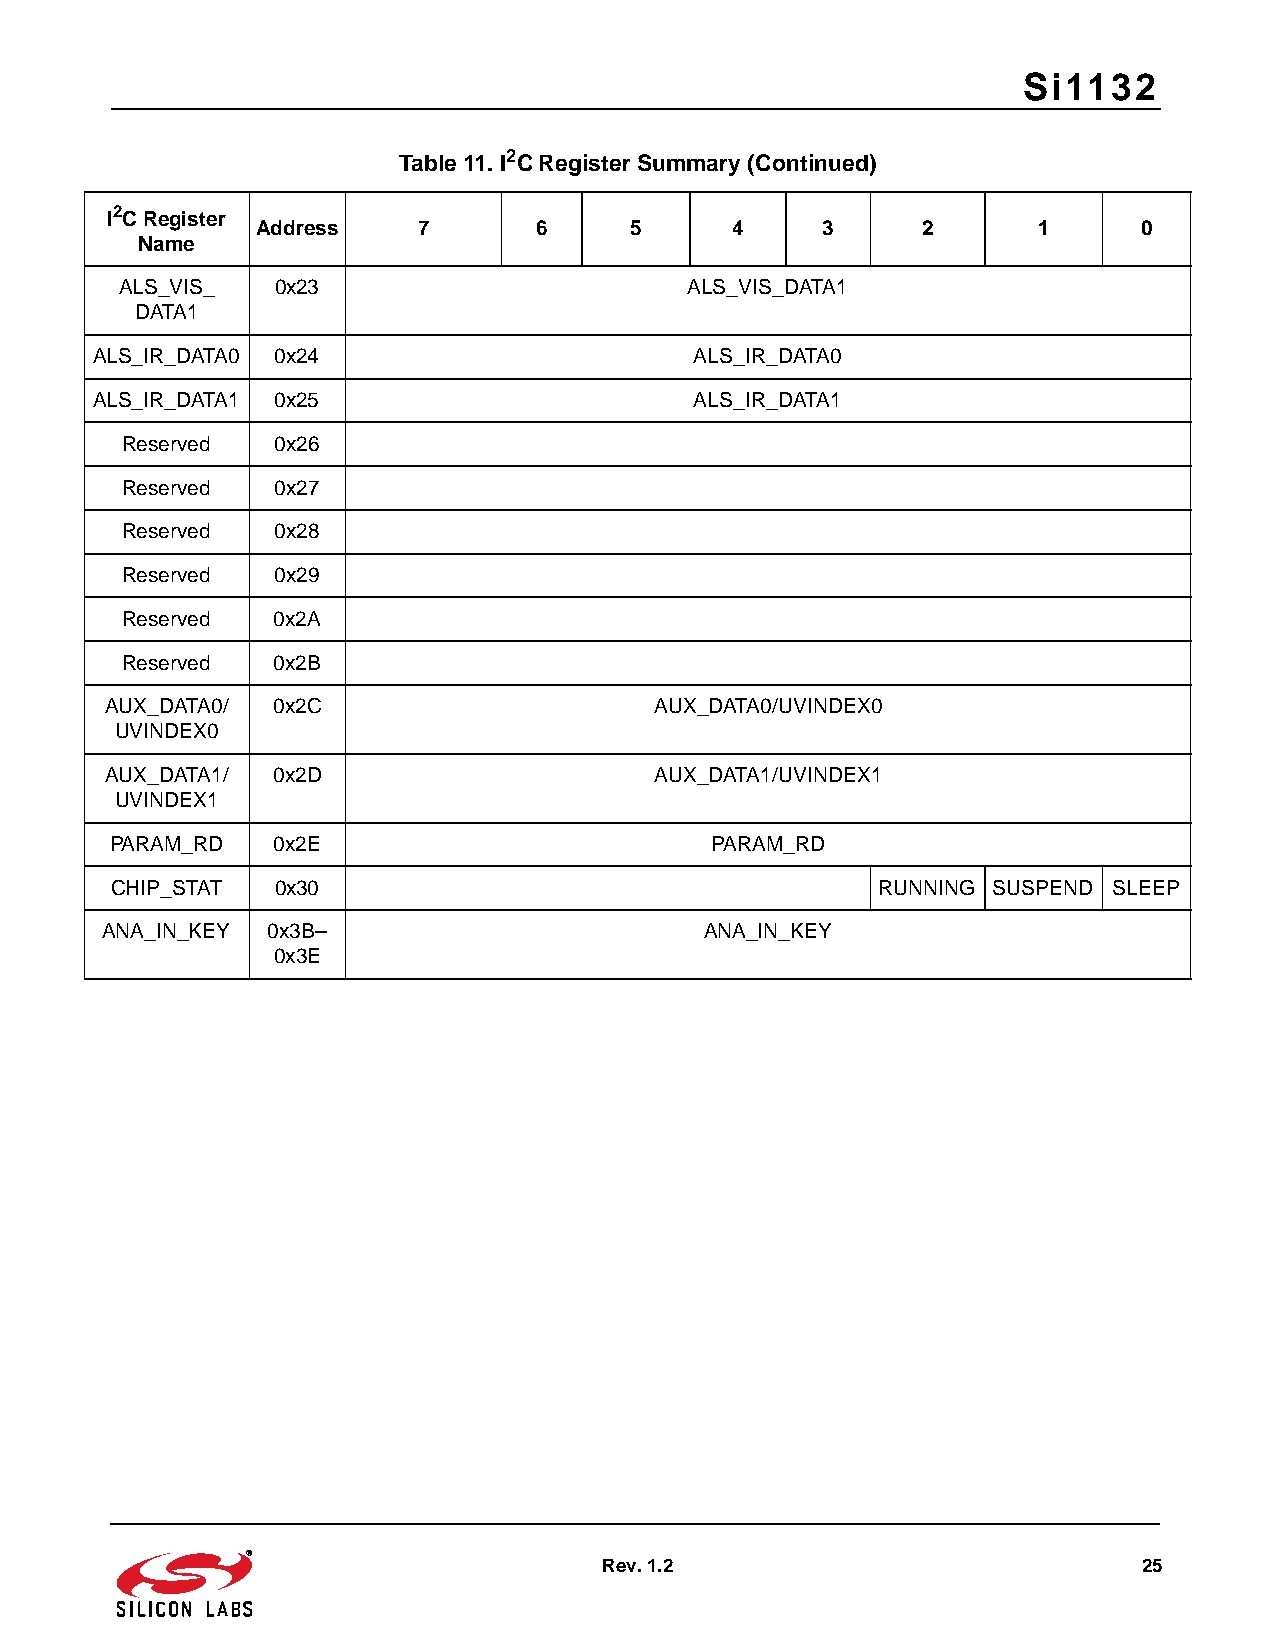
Si1132
 Table 11. I2C Register Summary (Continued)
 I2C Register
 Address    7      6      5     4     3      2       1      0
 Name
 ALS_VIS_  0x23                        ALS_VIS_DATA1
 DATA1
 ALS_IR_DATA0 0x24                       ALS_IR_DATA0
 ALS_IR_DATA1 0x25                       ALS_IR_DATA1
 Reserved  0x26
 Reserved  0x27
 Reserved  0x28
 Reserved  0x29
 Reserved  0x2A
 Reserved  0x2B
 AUX_DATA0/ 0x2C                     AUX_DATA0/UVINDEX0
 UVINDEX0
 AUX_DATA1/ 0x2D                     AUX_DATA1/UVINDEX1
 UVINDEX1
 PARAM_RD   0x2E                         PARAM_RD
 CHIP_STAT  0x30                                    RUNNING SUSPEND SLEEP
 ANA_IN_KEY 0x3B–                        ANA_IN_KEY
 0x3E
 Rev. 1.2                            25